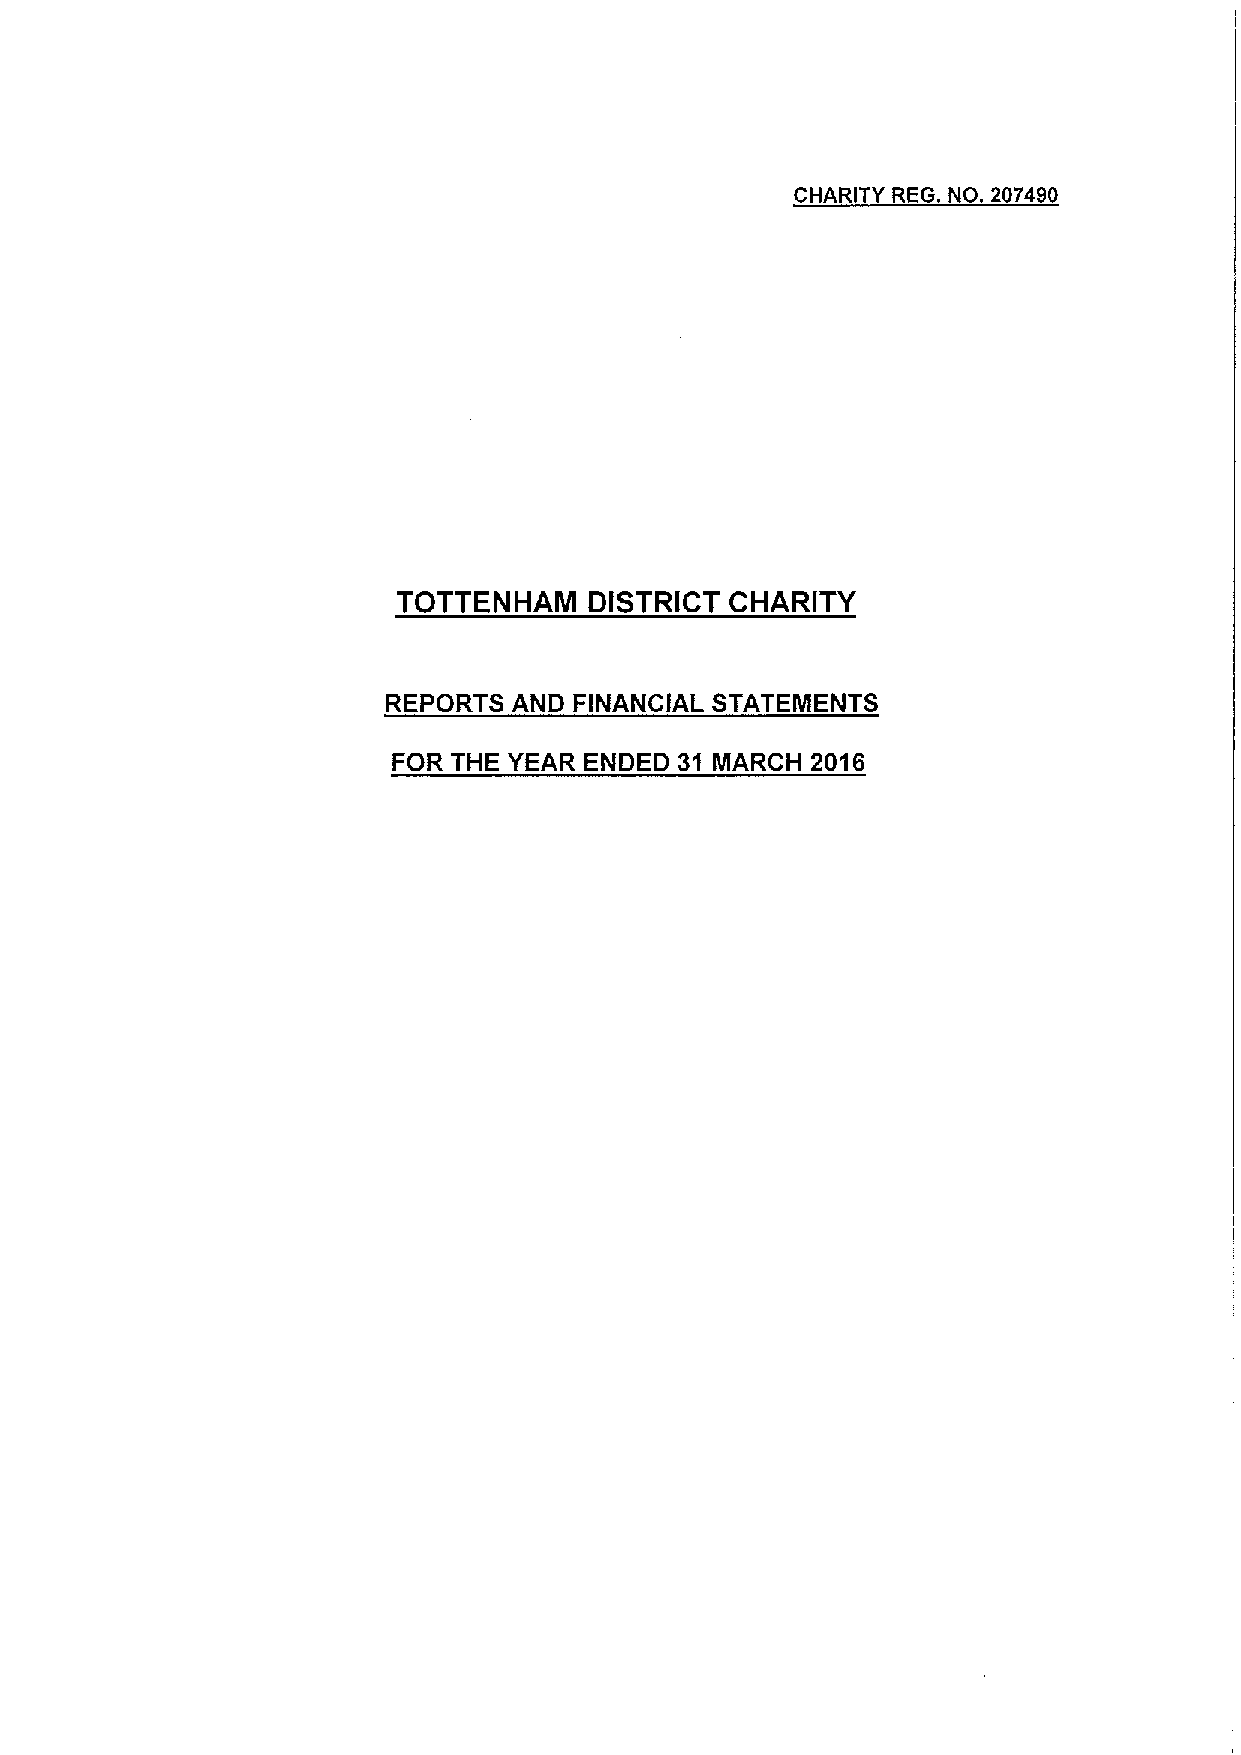
CHARITY REG. NO. 207490
 TOTTENHAM    DISTRICT CHARITY
 REPORTS AND FINANCIAL STATEMENTS
 FOR THE YEAR ENDED 31 MARCH 2016